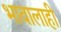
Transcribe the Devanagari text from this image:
भावालाही